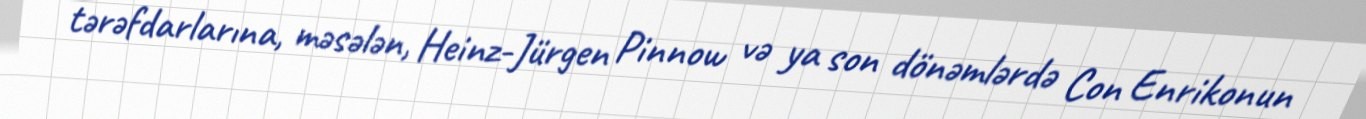
tərəfdarlarına, məsələn, Heinz-Jürgen Pinnow və ya son dönəmlərdə Con Enrikonun